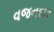
વજનદાર